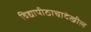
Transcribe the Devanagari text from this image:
विद्यापीठाचादेखील